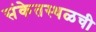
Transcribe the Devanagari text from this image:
संकेतस्थळची